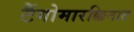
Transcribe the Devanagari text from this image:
टैंगोमारक्किनाट